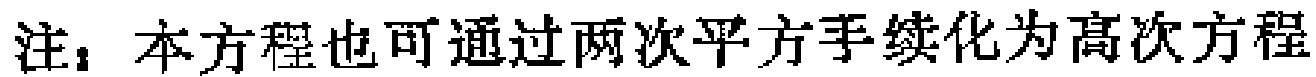
注：本方程也可通过两次平方手续化为高次方程